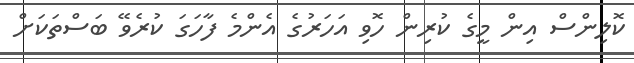
ކޮލިންސް އިން މީގެ ކުރިން ހޮވި އަހަރުގެ އެންމެ ފާހަގަ ކުރެވޭ ބަސްތަކަށް